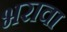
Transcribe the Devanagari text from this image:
भरावा